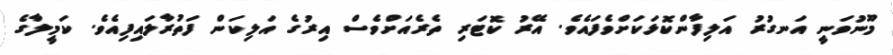
މޫނުވަނީ އަނގުރު އަލިފާންކޮޅަކަށްވެފައެވެ. އޭރު ކޮޓަރި ތެރެއަށްވެސް އިރުގެ އަލިކަން ފަތުރާލައިފިއެވެ. ކަމީލާގެ